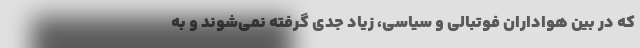
که در بین هواداران فوتبالی و سیاسی، زیاد جدی گرفته نمی‌شوند و به